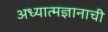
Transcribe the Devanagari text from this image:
अध्यात्मज्ञानाची